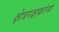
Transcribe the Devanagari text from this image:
क्षेत्ररक्षकांना